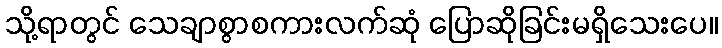
သို့ရာတွင် သေချာစွာစကားလက်ဆုံ ပြောဆိုခြင်းမရှိသေးပေ။